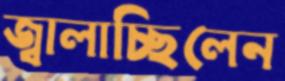
জ্বালাচ্ছিলেন